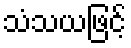
သံသယဖြင့်